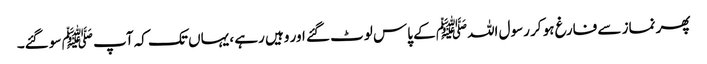
پھر نماز سے فارغ ہو کر رسول اللہﷺ کے پاس لوٹ گئے اور وہیں رہے ، یہاں تک کہ آپ ﷺ سو گئے۔